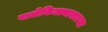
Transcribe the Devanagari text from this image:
बालेकिल्ल्यासारखा